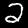
Label: 2